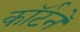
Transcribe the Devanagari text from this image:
कॉर्टने